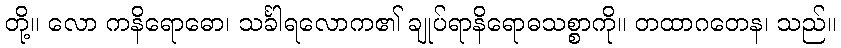
တို့။ လော ကနိရောဓော၊ သင်္ခါရလောက၏ ချုပ်ရာနိရောဓသစ္စာကို။ တထာဂတေန၊ သည်။